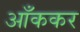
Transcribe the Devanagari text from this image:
आँककर